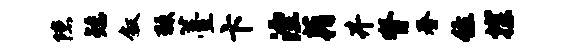
隙矮叙棘薹卞湮藉井脊春住探